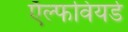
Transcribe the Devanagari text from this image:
ऍल्फवियर्ड